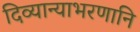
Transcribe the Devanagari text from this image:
दिव्यान्याभरणानि